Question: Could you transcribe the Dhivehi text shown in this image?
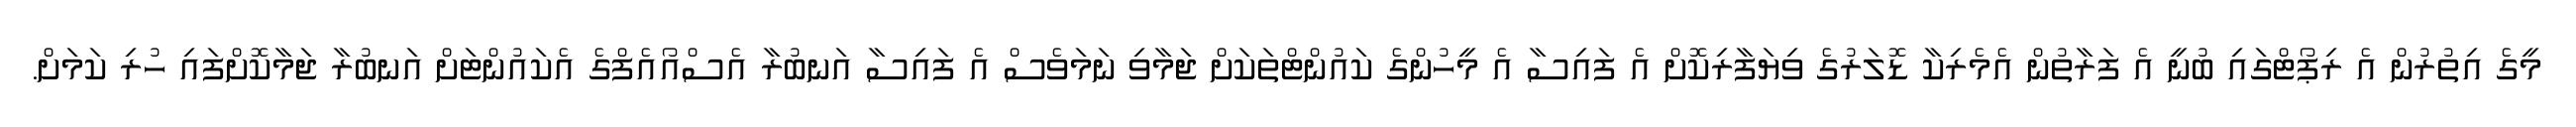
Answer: މީގެ އިތުރުން އެ ރިޕޯޓްގައި ބުނީ އެ ފަރާތުން އެމެރިކާ ޑޮލަރުގެ ވިޔަފާރިކޮށް އެ ފައިސާ އެ މީހުންގެ ކައުންޓްތަކަށް ޖަމާވި ނަމަވެސް އެ ފައިސާ އަނބުރާ އެސްއޯއެފްގެ އެކައުންޓަށް އަނބުރާ ޖަމާކޮށްފައި ހުރި ކަމަށް.